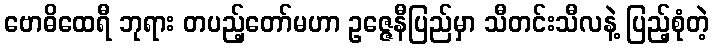
ဗောဓိထေရီ ဘုရား တပည့်တော်မဟာ ဥဇ္ဇေနီပြည်မှာ သီတင်းသီလနဲ့ ပြည့်စုံတဲ့